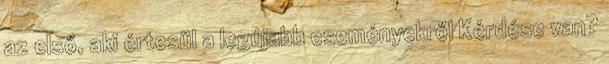
az első, aki értesül a legújabb eseményekről Kérdése van?